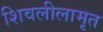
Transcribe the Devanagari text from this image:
शिवलीलामृत